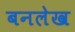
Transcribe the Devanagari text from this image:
बनलेख